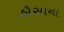
હૌસાના